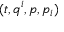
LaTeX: ( t , q ^ { i } , p , p _ { i } )